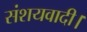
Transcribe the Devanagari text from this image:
संशयवादी।